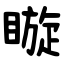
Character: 䁢